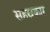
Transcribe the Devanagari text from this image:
सहस्रकार